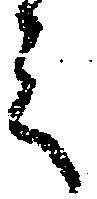
之